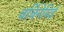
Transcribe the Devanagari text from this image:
बर्बिनेसिई